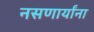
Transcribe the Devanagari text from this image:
नसणार्यांना